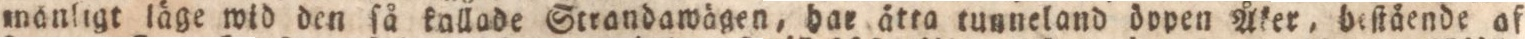
mänligt läge wid den ſå kallade Strandawägen, hae ätta tunneland öppen Åker, beſtående af